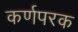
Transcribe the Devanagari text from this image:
कर्णपरक